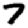
Digit: 7